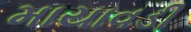
માયાવડી